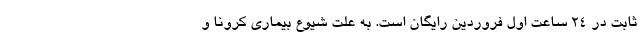
ثابت در ۲۴ ساعت اول فروردین رایگان است. به علت شیوع بیماری کرونا و